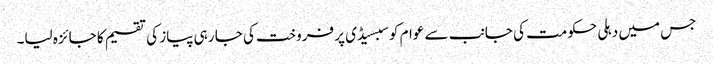
جس میں دہلی حکومت کی جانب سے عوام کو سبسیڈی پر فروخت کی جا رہی پیاز کی تقسیم کا جائزہ لیا۔